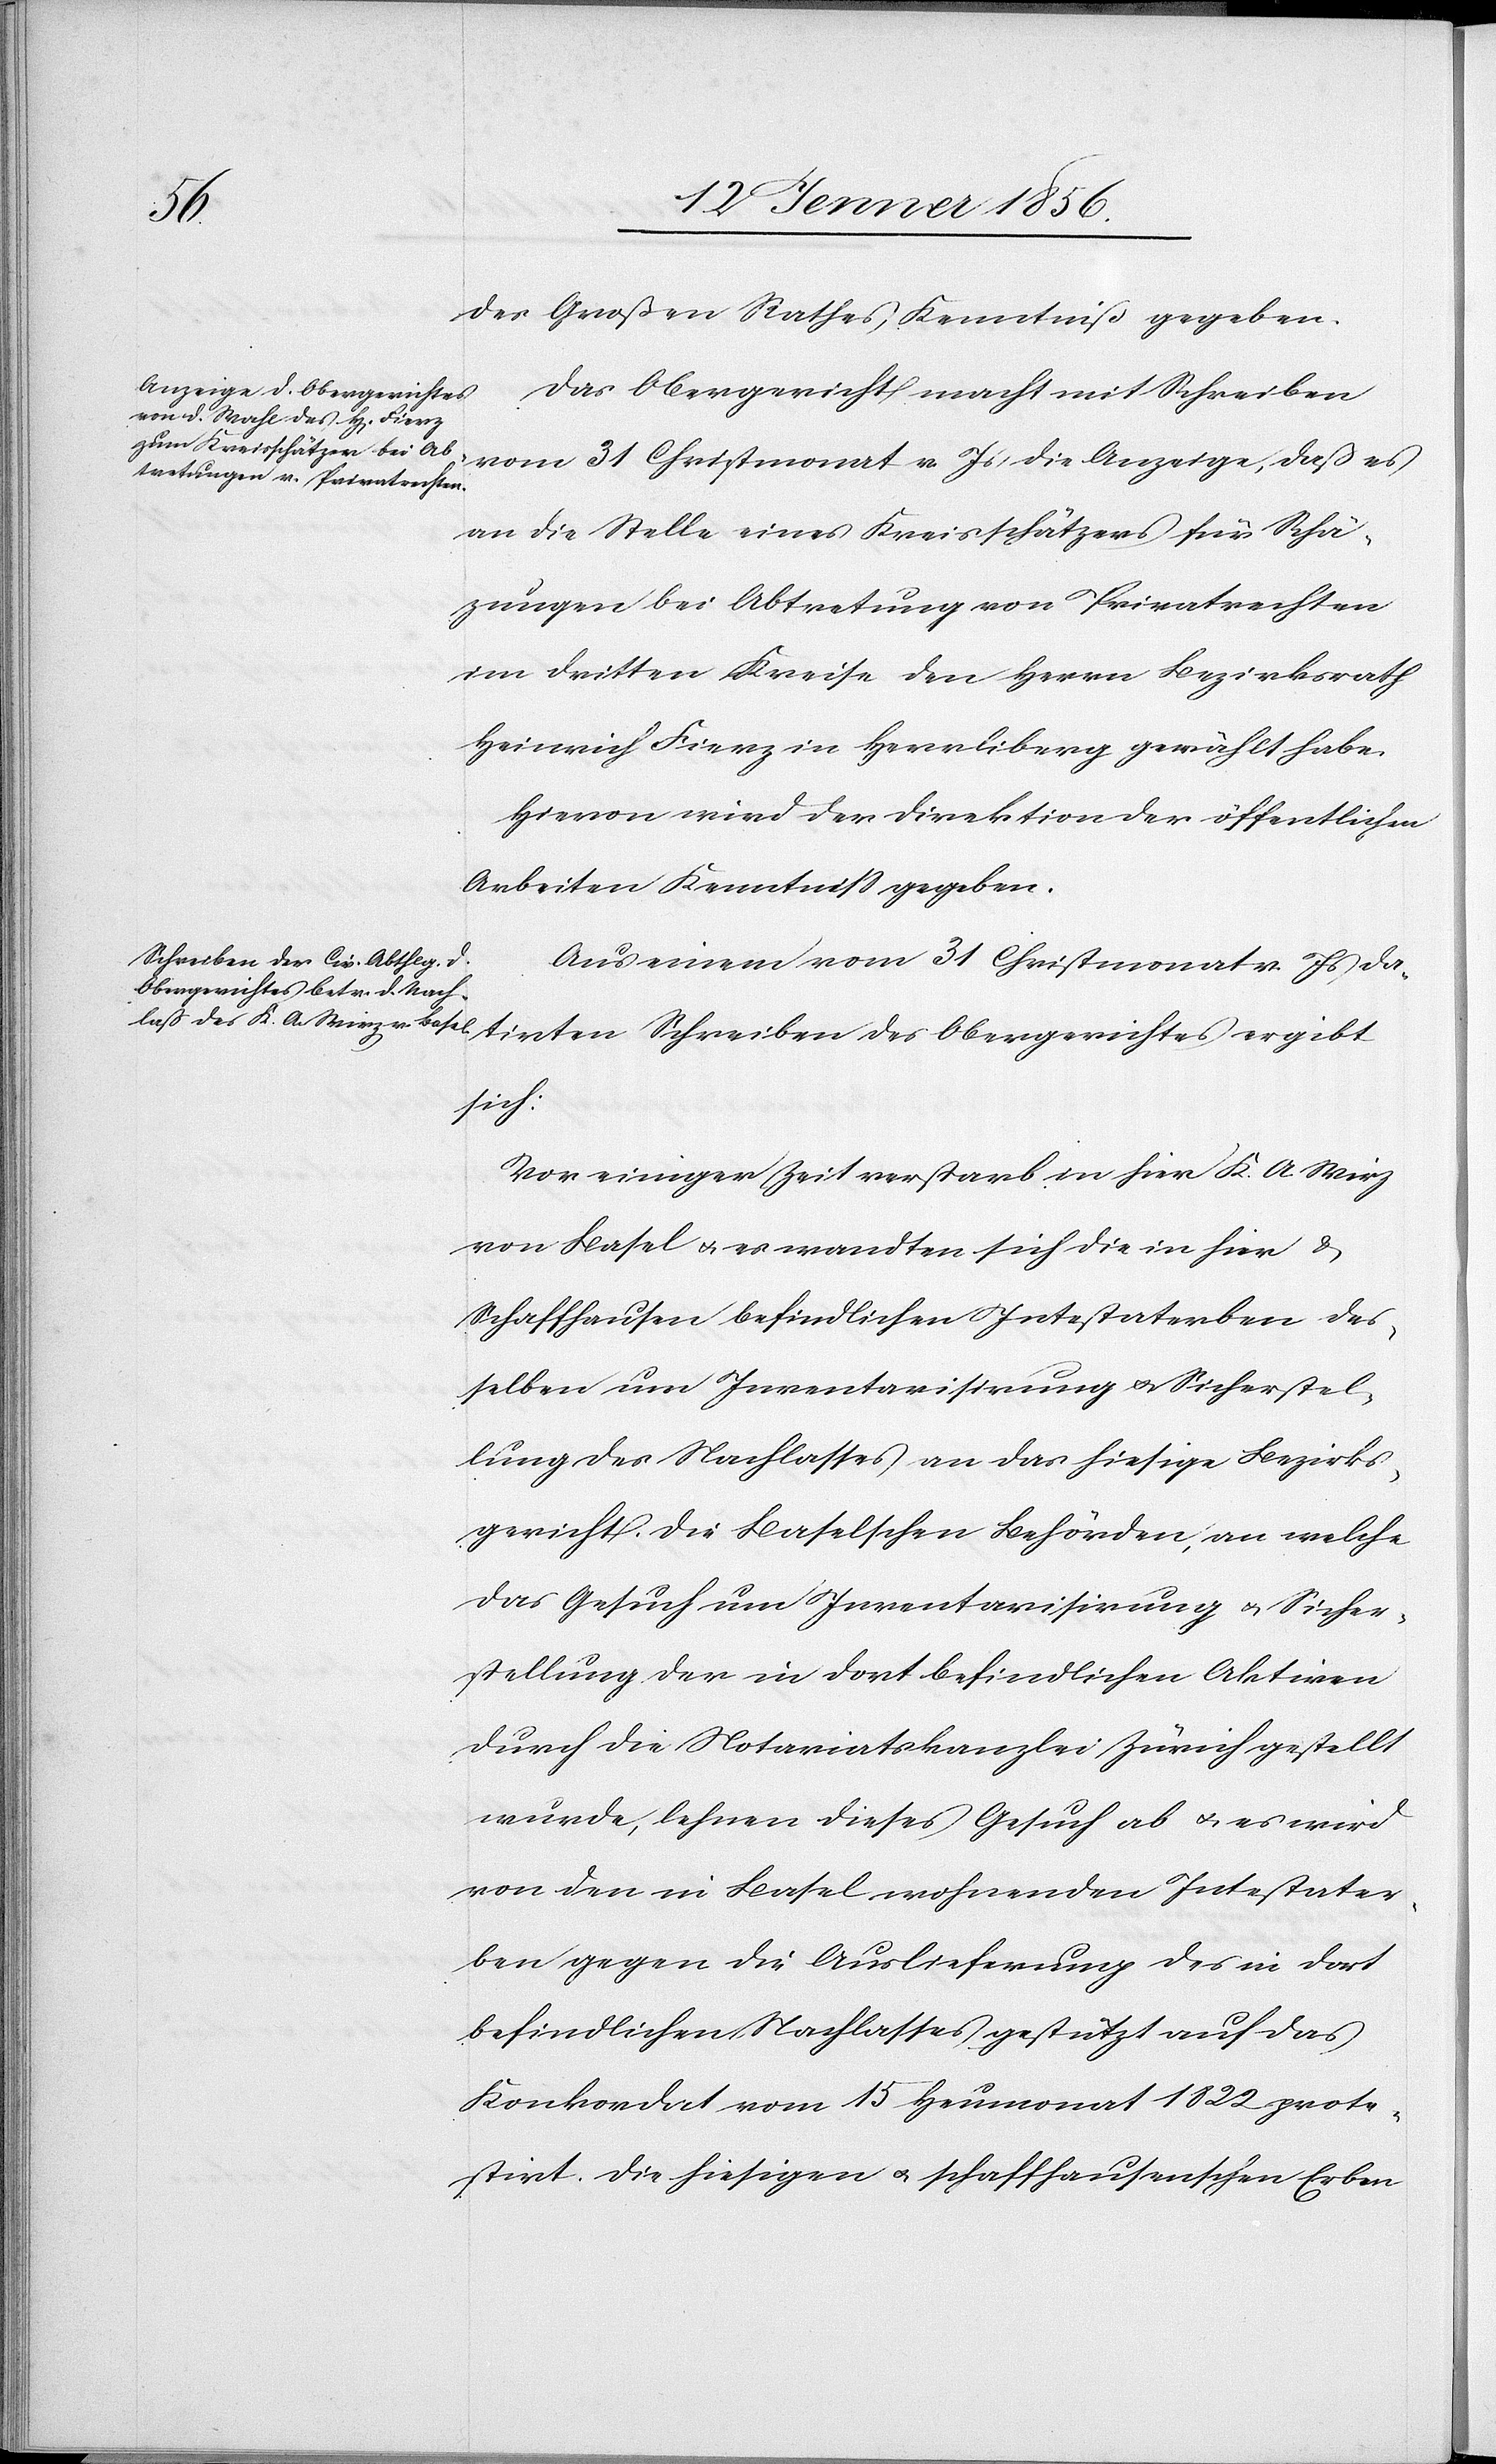
des Grossen Rathes Kenntniß gegeben.
Das Obergerichte macht mit Schreiben
des
vom 31 Christmonat v. J. die Anzeige, daß es
an die Stelle eines Kreisschätzers für Schät¬
zungen bei Abtretung von Privatrechten
im dritten Kreise den Herrn Bezirksrath
Heinrich Fierz in Herrliberg gewählt habe.
Hievon wird der Direktion der öffentlichen
Arbeiten Kenntniß gegeben.
Aus einem vom 31 Christmonat v. J. dat¬
sich:
Vor einiger Zeit verstarb in hier K. A. Wirz
von Basel u. es wandten sich die in hier &
Schaffhausen befindlichen Intestaterben des¬
selben um Inventarisirung u. Sicherstel¬
lung des Nachlasses an das hiesige Bezirks¬
gericht. Die Baselschen Behörden, an welche
das Gesuch um Inventarisirung u. Sicher¬
stellung der in dort befindlichen Akiven
durch die Notariatskanzlei Zürich gestellt
wurde, lehnen dieses Gesuch ab u. es wird
von den in Basel wohnenden Intestater¬
ben gegen die Auslieferung des in dort
befindlichen Nachlasses gestützt auf das
Konkordat vom 15 Heumonat 1822 prote¬
stirt. Die hiesigen u. schaffhausenschen Erben